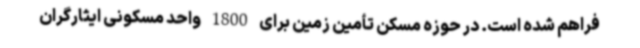
فراهم شده است. در حوزه مسکن تأمین زمین برای 1800 واحد مسکونی ایثارگران